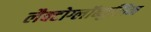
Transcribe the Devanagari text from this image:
लैक्टोग्लॉब्युलिन